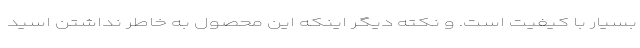
بسیار با کیفیت است. و نکته دیگر اینکه این محصول به خاطر نداشتن اسید